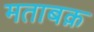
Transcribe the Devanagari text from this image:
मताबक़